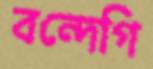
বন্দেগি